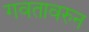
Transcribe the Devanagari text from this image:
गवतावरुन